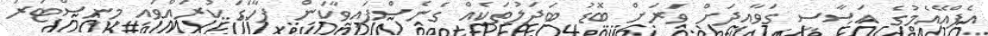
އެފްއޭއެމުގެ އަސާސީ ގަވާއިދަށް ވަރަށް ބޮޑު ބަދަލުތަކެއް ގެނެސްފައިވާކަން ފާހަގަ ކުރައްވައި މިނިސްޓަރު